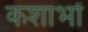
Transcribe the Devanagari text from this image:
कशाभों